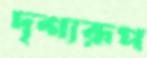
দৃশ্যরূপ